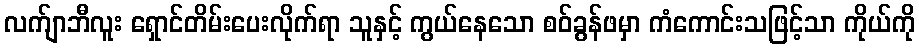
လက်ျာဘီလူး ရှောင်တိမ်းပေးလိုက်ရာ သူနှင့် ကွယ်နေသော စဝ်ခွန်ဖမှာ ကံကောင်းသဖြင့်သာ ကိုယ်ကို